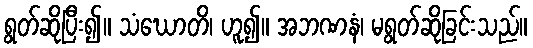
ရွတ်ဆိုပြီး၍။ သံဃောတိ၊ ဟူ၍။ အဘဏနံ၊ မရွတ်ဆိုခြင်းသည်။